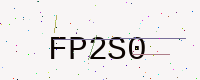
Text: FP2S0